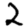
Digit: 2